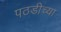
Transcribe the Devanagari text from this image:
पठडीच्या